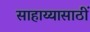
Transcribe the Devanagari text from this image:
साहाय्यासाठीं